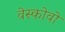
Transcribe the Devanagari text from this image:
वेस्कोवो